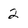
Character: 2